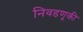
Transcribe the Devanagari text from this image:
निवडणूकी